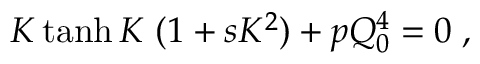
\begin{array} { r } { K \operatorname { t a n h } K \; ( 1 + s K ^ { 2 } ) + p Q _ { 0 } ^ { 4 } = 0 \; , } \end{array}